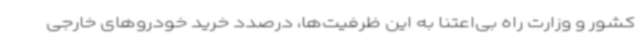
کشور و وزارت راه بی‌اعتنا به این ظرفیت‌ها، درصدد خرید خودروهای خارجی